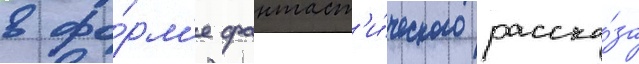
в фо́рм'е фантаст'и́ческого расска́за